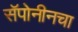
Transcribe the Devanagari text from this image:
सॅपोनीनचा